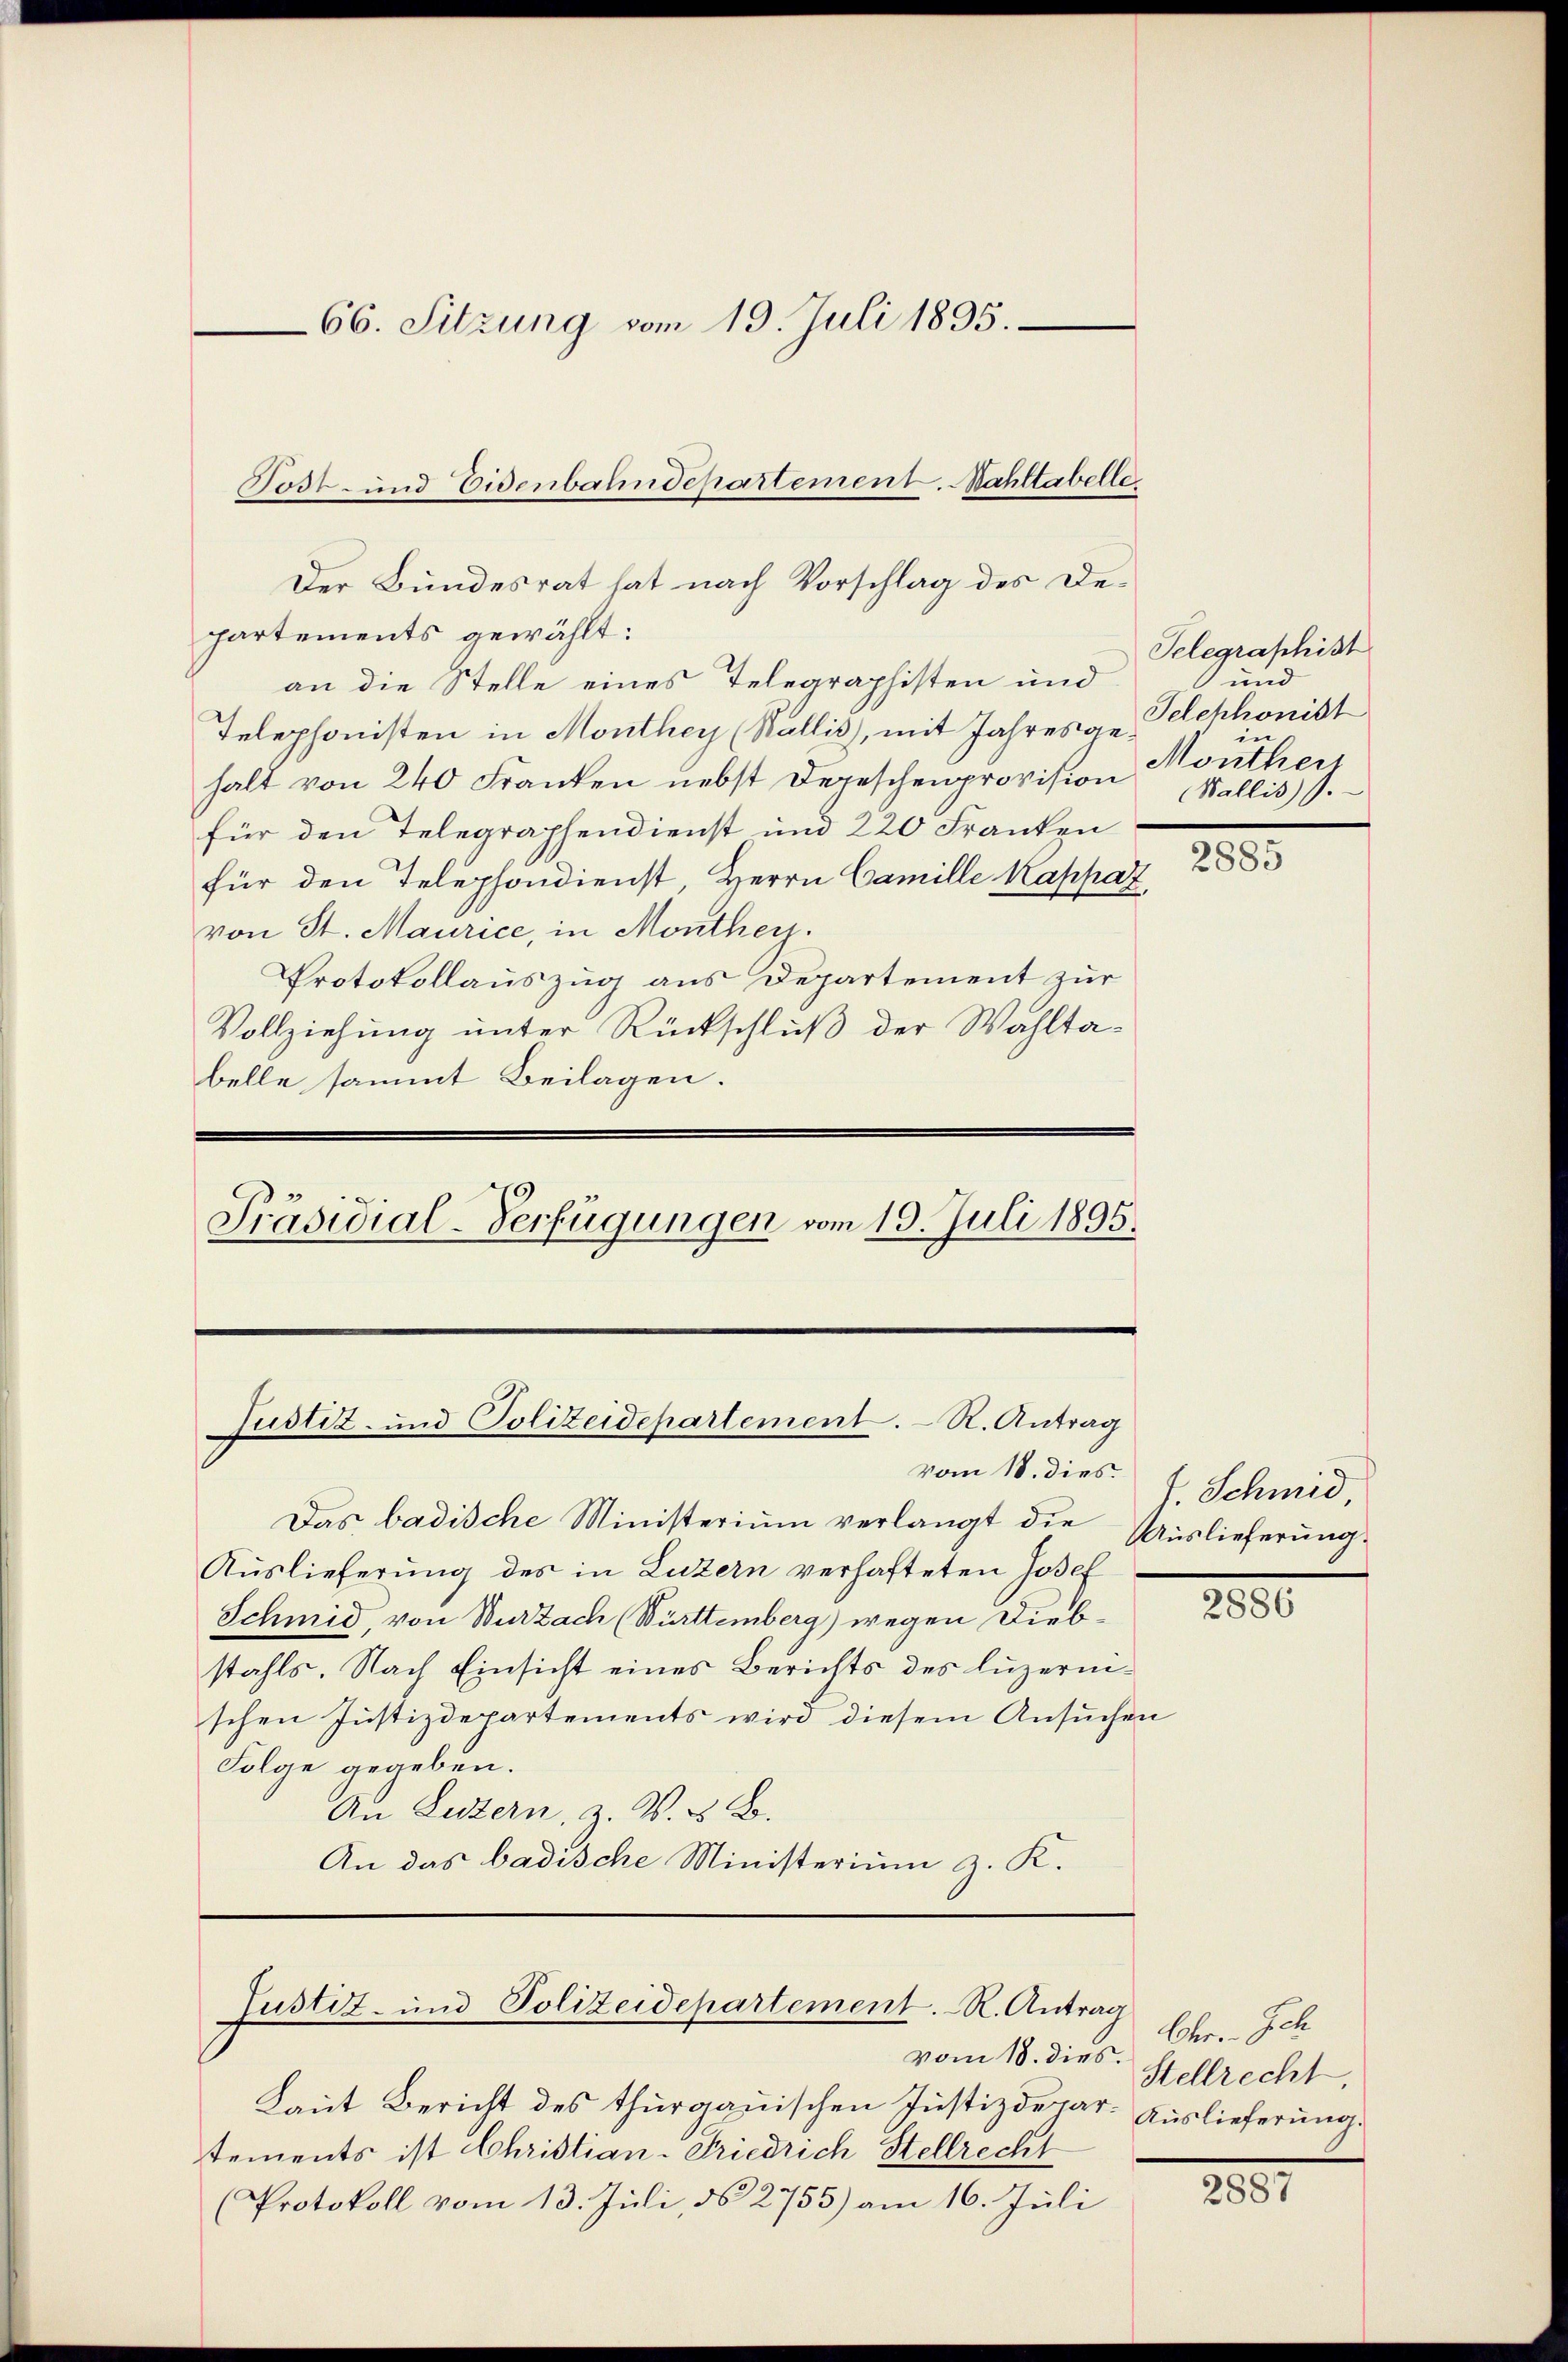
partements gewählt:
an die Stelle eines Telegraphisten und
Telephonisten in Monthey (Wallis), mit Jahresgehalt von 240 Franken nebst Depeschenprovision
für den Telegraphendienst und 220 Franken
für den Telephondienst, Herrn Camille Kappaz
von St. Maurice, in Monthey.
Protokollauszug aus Departement zur
Vollziehung unter Rückschluß der Wahltabelle sammt Beilagen.
Präsidial-Verfügungen vom 19. Juli 1895.

66. Sitzung vom 19. Juli 1895.

Tost- und Eisenbahndepartement. Nahltabelle
Der Bundesrat hat nach Vorschlag des De¬

vom 18. dies
Das badische Ministerium verlangt die Auslieferung
Auslieferung des in Luzern verhafteten Josef
Schmid, von Wurzach (Württemberg) wegen Diebstahls. Nach Einsicht eines Berichts des Luzernschen Justizdepartements wird diesem Ansuchen
Folge gegeben.
An Luzern, z. B. z. B.
An das badische Ministerium z. K.

Laut Bericht des thurgauischen Justizdepar- Auslieferung.
tements ist Christian-Friedrich Stellrecht
(Protokoll vom 13. Juli, No 2755) am 16. Juli

Justiz- und Polizeidepartement. R. Antrag

Justiz- und Polizeidepartement. R. Antrag

vom 18. dies.

Telegraphist
und
Sclchhonist
in
Monther
Wallis.

2885

J. Schmid,

2886

Cher. Ich
Stellrecht,

2887